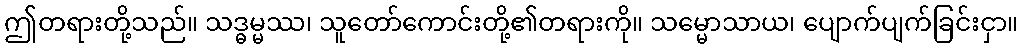
ဤတရားတို့သည်။ သဒ္ဓမ္မဿ၊ သူတော်ကောင်းတို့၏တရားကို။ သမ္မောသာယ၊ ပျောက်ပျက်ခြင်းငှာ။